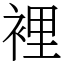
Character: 裡